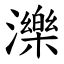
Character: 濼